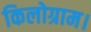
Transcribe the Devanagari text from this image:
किलोग्राम।